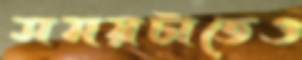
সময়টাতেও